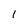
Character: l